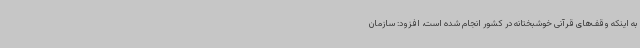
به اینکه وقف‌های قرآنی خوشبختانه در کشور انجام شده است، افزود: سازمان